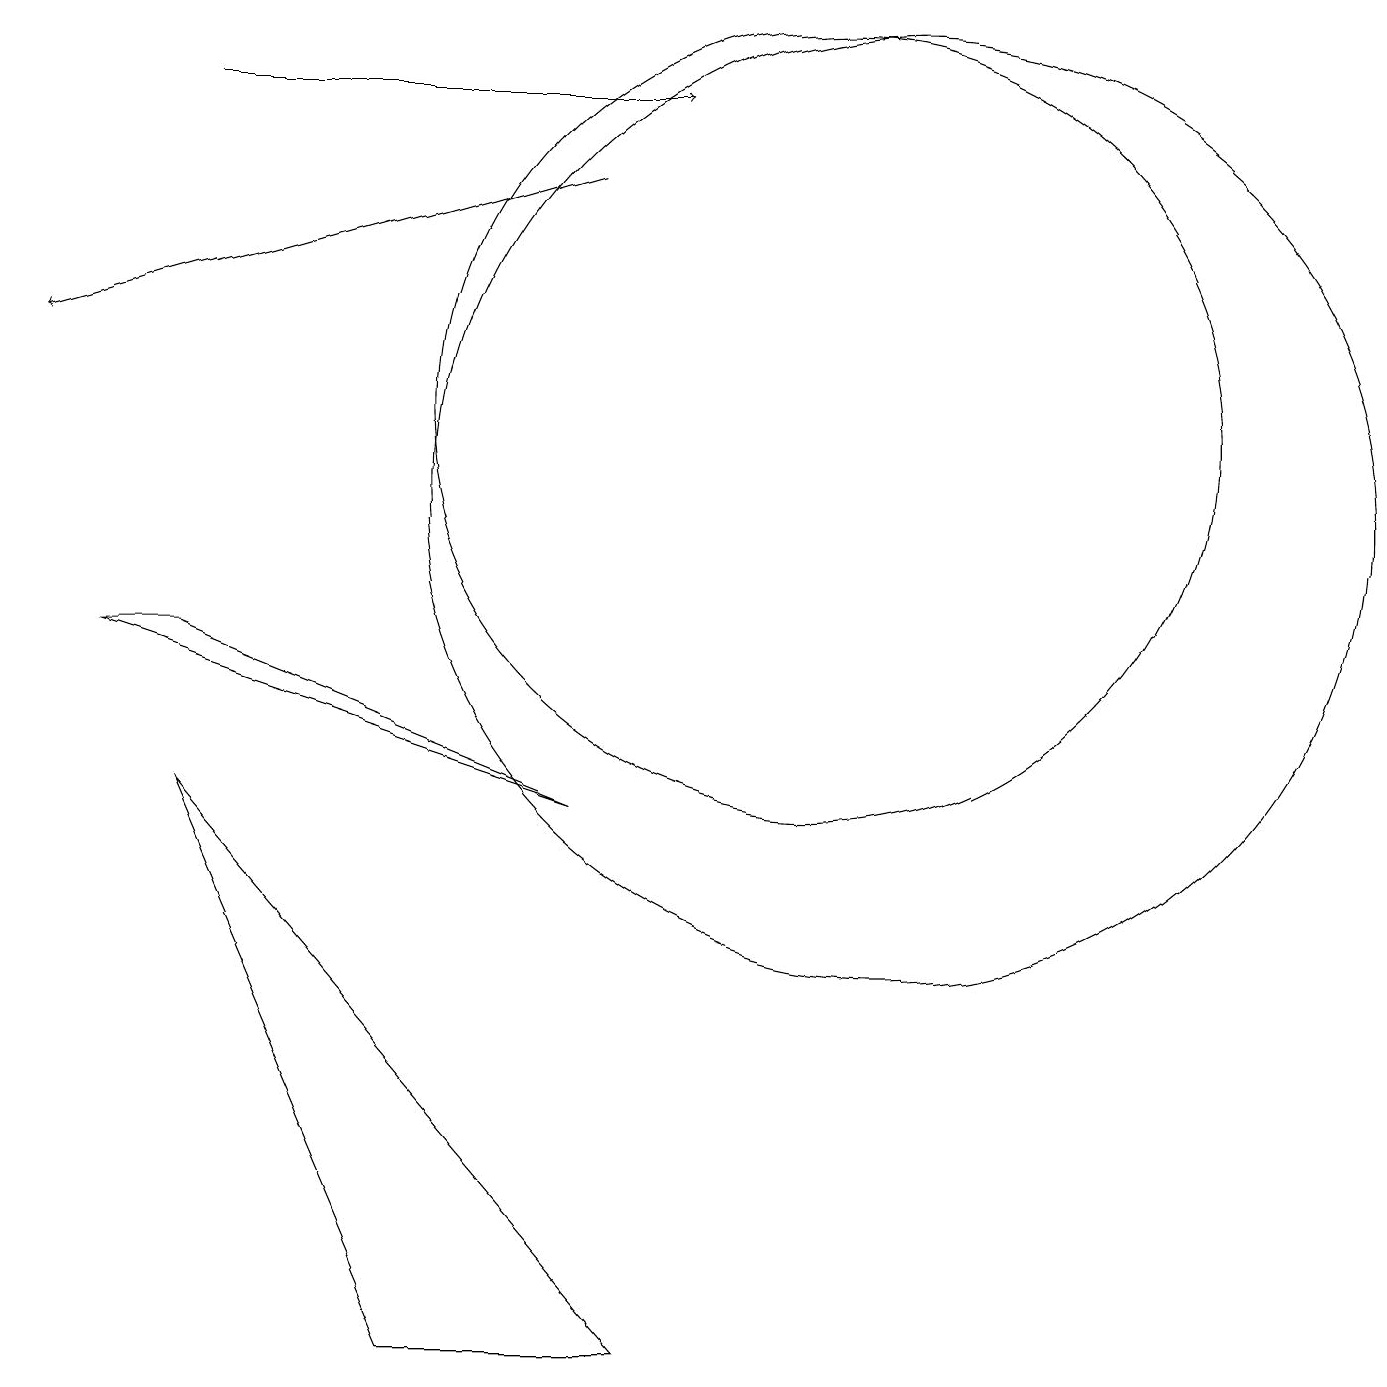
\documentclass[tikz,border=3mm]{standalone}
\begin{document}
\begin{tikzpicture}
\draw (3,7) -- (6,0) -- (9,0) -- cycle;
\draw[->] (3,16) -- (9,16);
\draw (11,12) circle (5);
\draw (8,7) -- (3,9) -- (2,9) -- cycle;
\draw[->] (8,15) -- (1,13);
\draw (12,11) circle (6);
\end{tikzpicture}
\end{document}